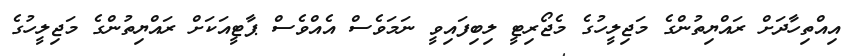
އިއްތިހާދަށް ރައްޔިތުންގެ މަޖިލީހުގެ މެޖޯރިޓީ ލިބިފައިވީ ނަމަވެސް އެއްވެސް ޕާޓީއަކަށް ރައްޔިތުންގެ މަޖިލީހުގެ